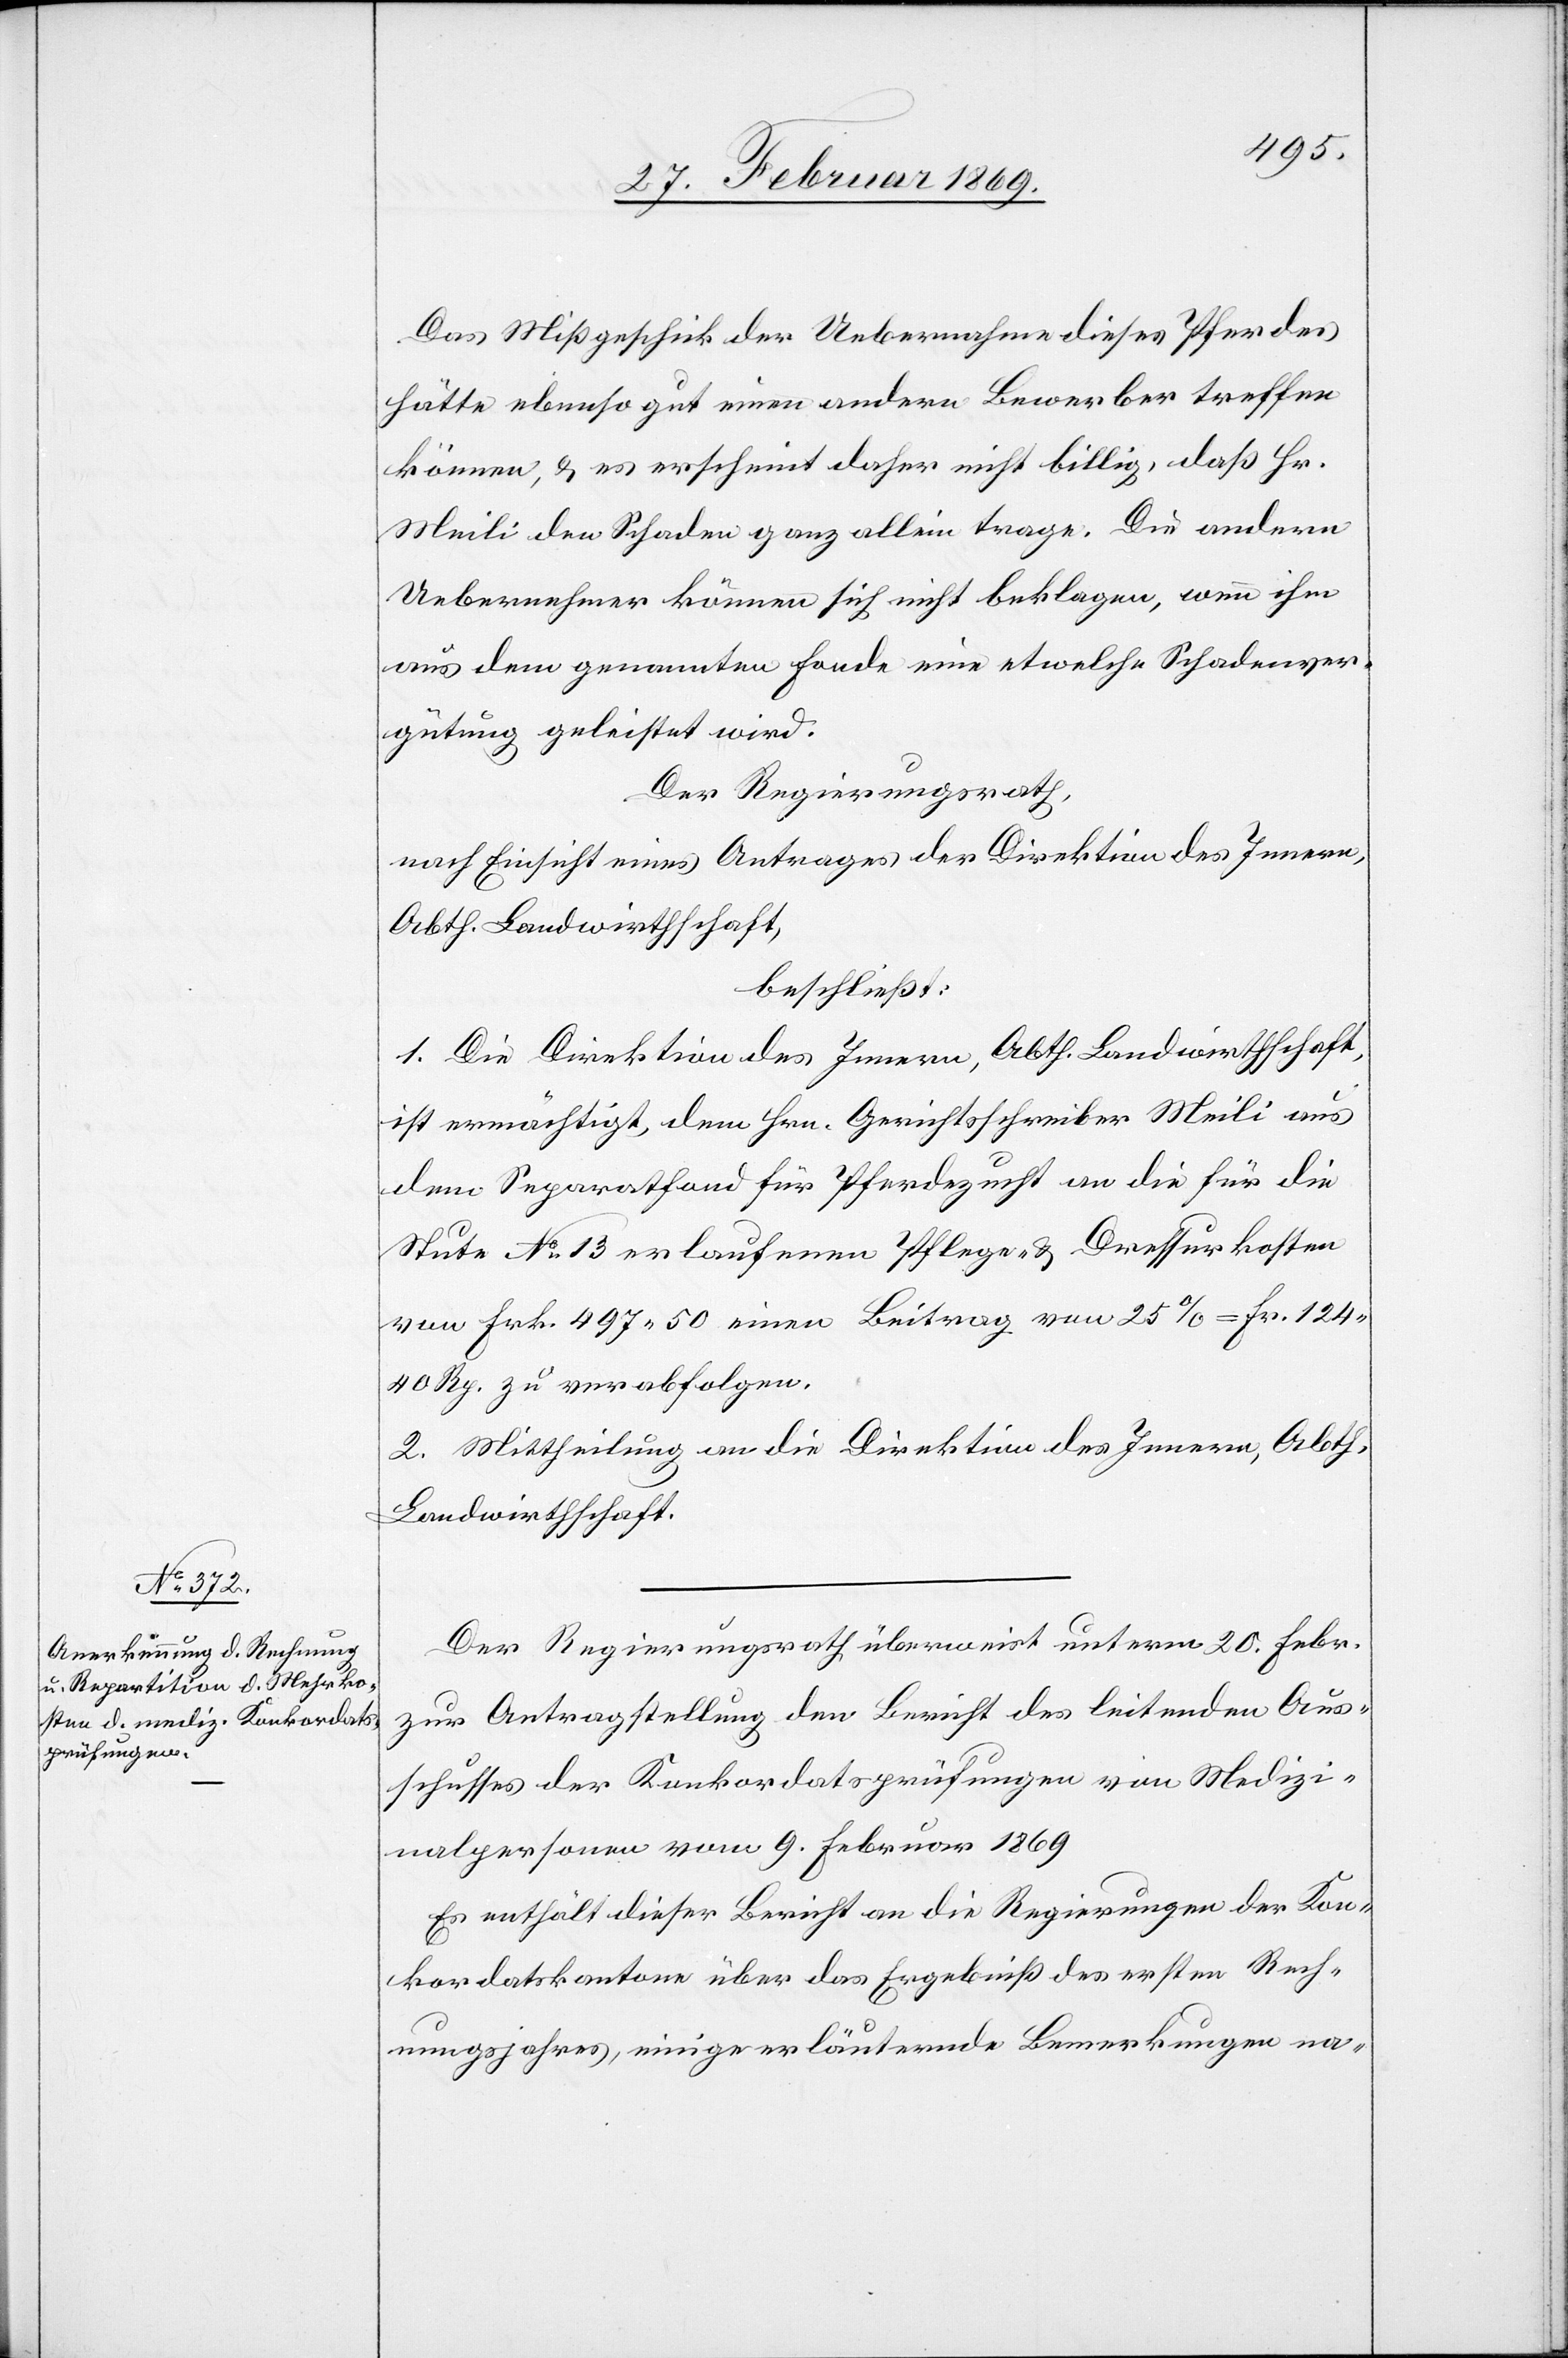
Das Mißgeschick der Uebernahme dieses Pferdes
hätte ebenso gut einen andern Bewerber treffen
können, & es erscheint daher nicht billig, daß Hr.
Meili den Schaden ganz allein trage. Die andern
Uebernehmer können sich nicht beklagen, wenn ihm
aus dem genannten Fonde eine etwelche Schadensver¬
gütung geleistet wird.
Der Regierungsrath,
nach Einsicht eines Antrages der Direktion des Innern,
Abth. Landwirthschaft,
beschließt:
1. Die Direktion des Innern, Abth. Landwirthschaft,
ist ermächtigt, dem Hrn. Gerichtsschreiber Meili aus
dem Separatfond für Pferdezucht an die für die
Stute N° 13 erlaufenen Pflege- & Dressurkosten
von Frk. 497 50 einen Beitrag von 25% = Fr. 124
40 Rp. zu verabfolgen.
2. Mittheilung an die Direktion des Innern, Abth.
Landwirthschaft.
Der Regierungsrath überweist unterm 20. Febr.
zur Antragstellung den Bericht des leitenden Aus¬
schusses der Konkordatsprüfungen von Medizi¬
nalpersonen vom 9. Februar 1869.
Es enthält dieser Bericht an die Regierungen der Kon¬
kordatskantone über das Ergebniß des ersten Rech¬
nungsjahres, einige erläuternde Bemerkungen na-